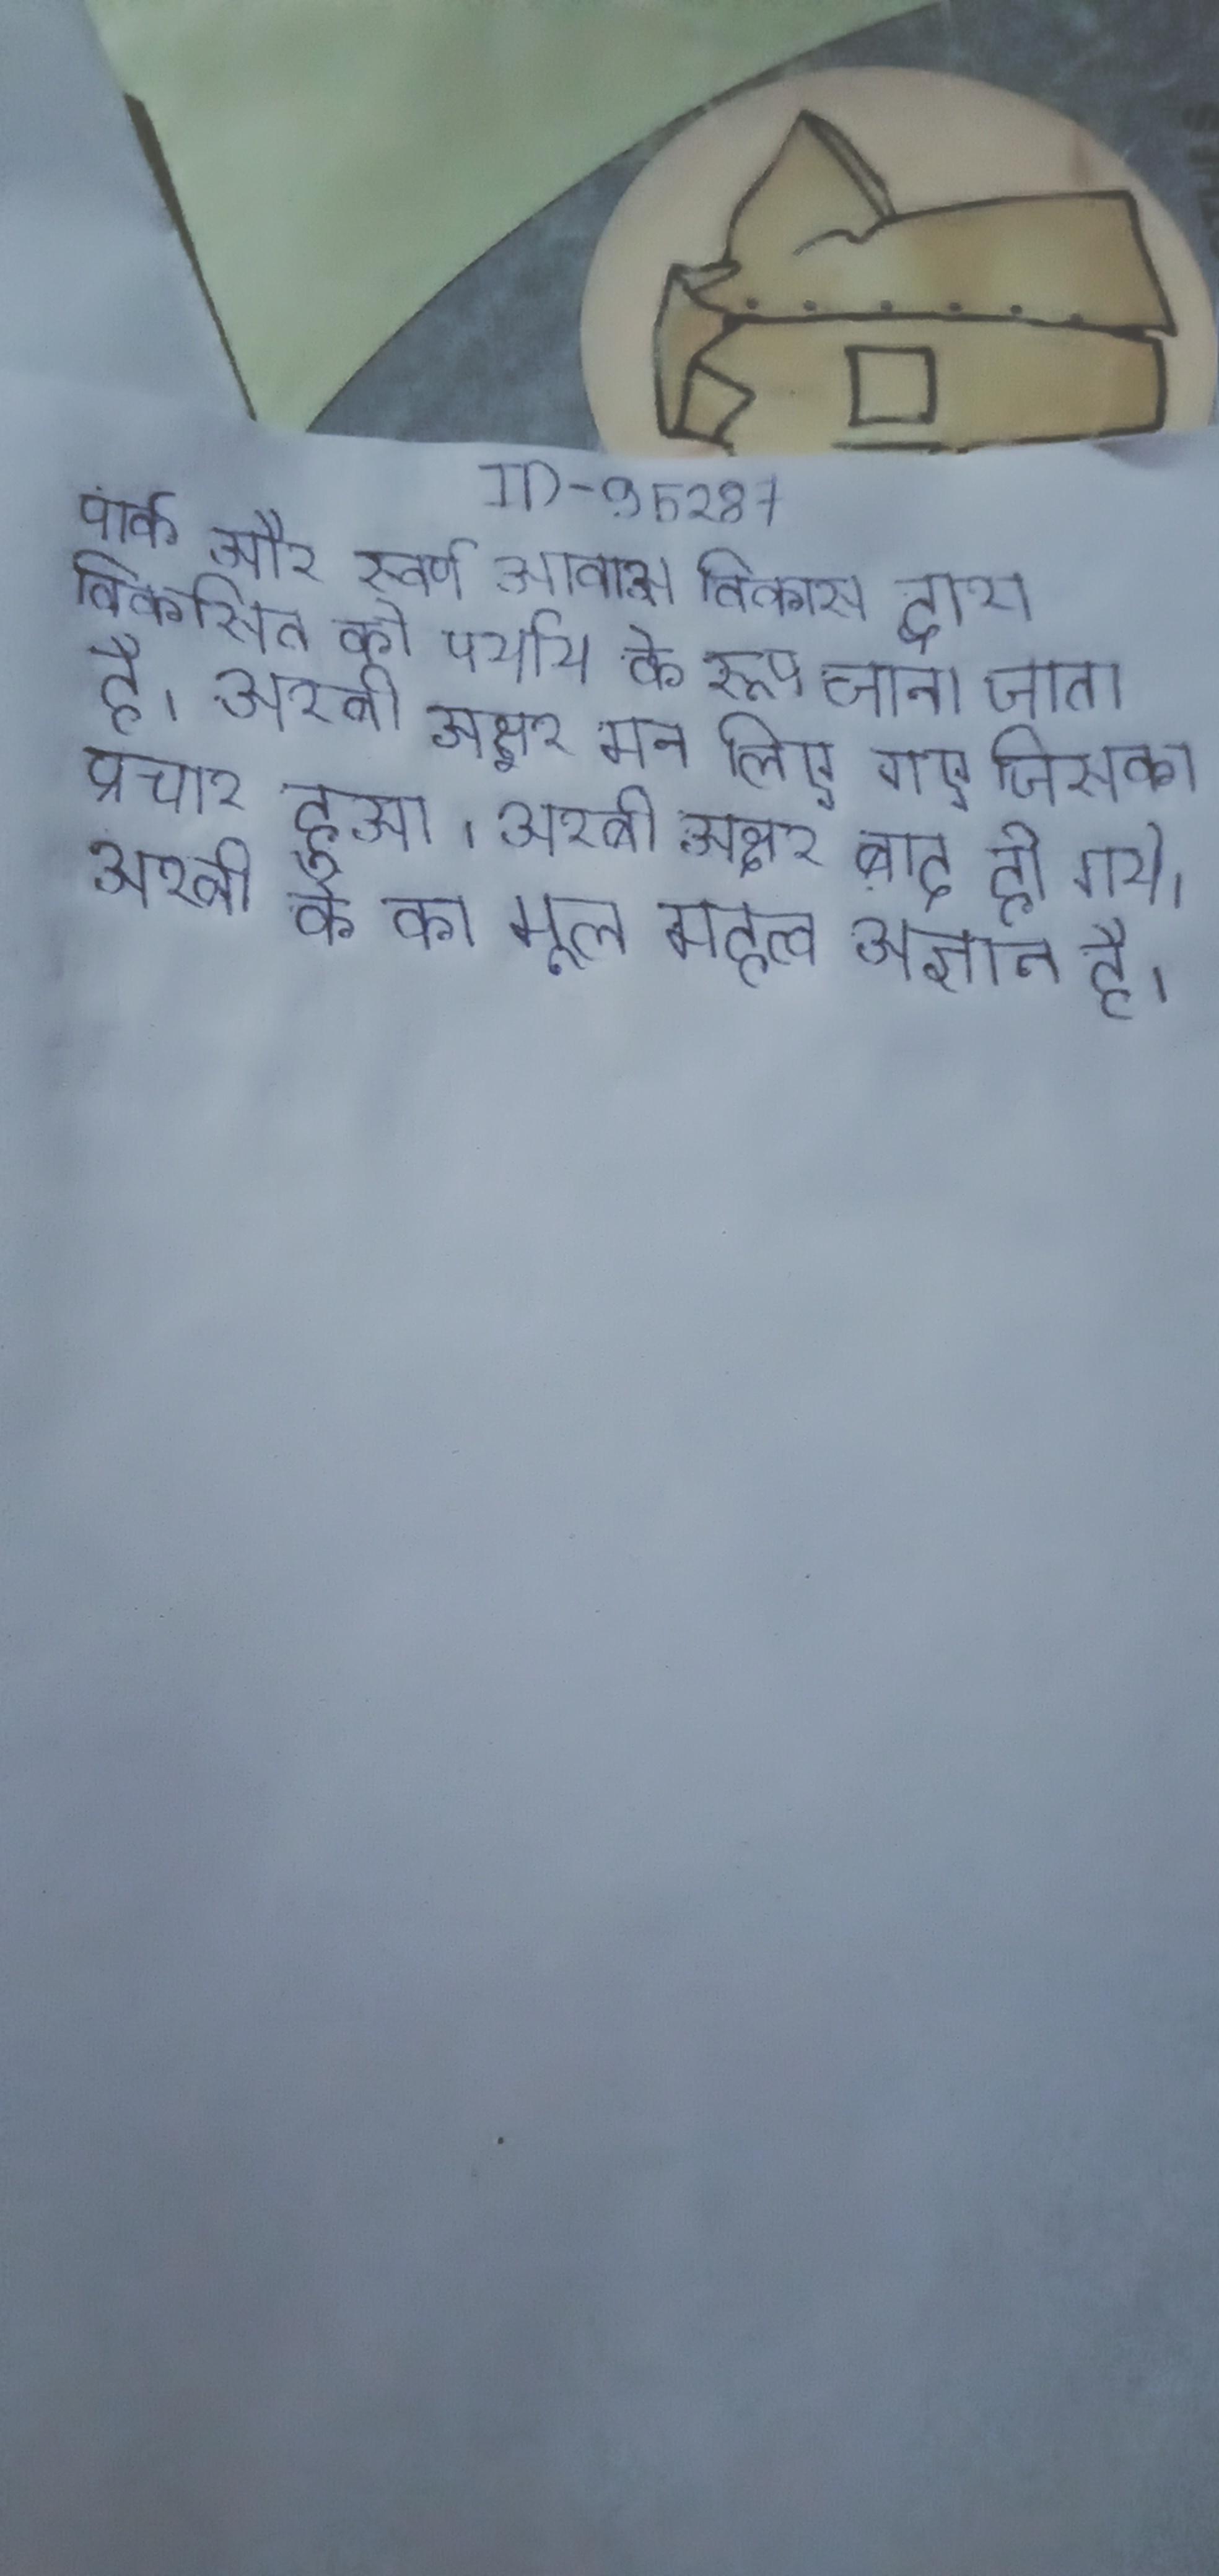
पार्क और स्वर्ण आवास विकास द्वारा विकसित को पर्याय के रूप जाना जाता है । अरबी अक्षर, आधुनिक फारसी वर्णमाला के अक्षर मान लिए गए जिसका प्रचार हुआ । अरबी अक्षर बाद हो गये । अरबी के का मूल महत्व अज्ञात है ।